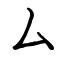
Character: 厶